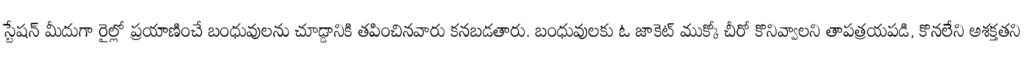
స్టేషన్ మీదుగా రైల్లో ప్రయాణించే బంధువులను చూడ్డానికి తపించినవారు కనబడతారు. బంధువులకు ఓ జాకెట్ ముక్కో చీరో కొనివ్వాలని తాపత్రయపడి, కొనలేని అశక్తతని